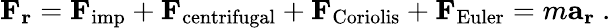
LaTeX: \mathbf{F_{r}}=\mathbf{F}_{\mathrm{imp}}+\mathbf{F}_{\mathrm{centrifugal}}+\mathbf{F}_{\mathrm{Coriolis}}+\mathbf{F}_{\mathrm{Euler}}=m\mathbf{a_{r}}\ .